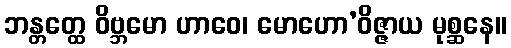
ဘန္တတ္ထေ ဝိဗ္ဘမော ဟာဝေ၊ မောဟော’ဝိဇ္ဇာယ မုစ္ဆနေ။